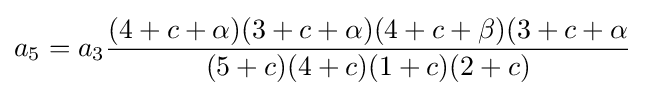
a_{5}=a_{3}{\frac {(4+c+\alpha )(3+c+\alpha )(4+c+\beta )(3+c+\alpha }{(5+c)(4+c)(1+c)(2+c)}}